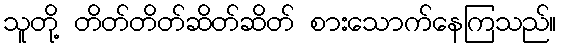
သူတို့ တိတ်တိတ်ဆိတ်ဆိတ် စားသောက်နေကြသည်။